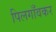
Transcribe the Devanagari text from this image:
पिलगाँवकर